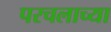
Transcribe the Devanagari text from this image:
परचलाच्या